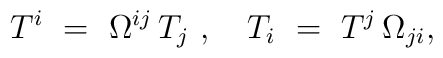
T^i \ = \ \Omega^{ij}\,T_j~,\quad T_i \ = \ T^j\,\Omega_{ji},